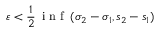
\varepsilon < \frac { 1 } { 2 } \, \mathrm { ~ i ~ n ~ f ~ } \, ( \sigma _ { 2 } - \sigma _ { 1 } , s _ { 2 } - s _ { 1 } )